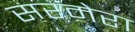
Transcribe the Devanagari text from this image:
सरमेरा